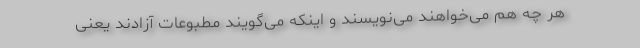
هر چه هم می‌خواهند می‌نویسند و اینکه می‌گویند مطبوعات آزادند یعنی